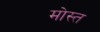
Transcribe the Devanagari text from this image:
मोस्त